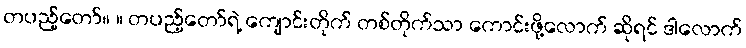
တပည့်တော်။ ။ တပည့်တော်ရဲ့ ကျောင်းတိုက် တစ်တိုက်သာ ကောင်းဖို့လောက် ဆိုရင် ဒါလောက်